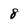
Character: 8